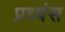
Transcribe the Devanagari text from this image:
प्रध्वंस